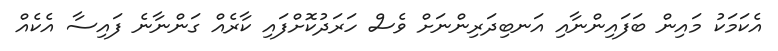
އެކަމަކު މައިން ބަފައިންނާއި އަނބިދަރިންނަށް ވެސް ހަރަދުކޮށްފައި ކާރެއް ގަންނާނެ ފައިސާ އެކެއް